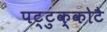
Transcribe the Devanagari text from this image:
पट्टुक्कोटै